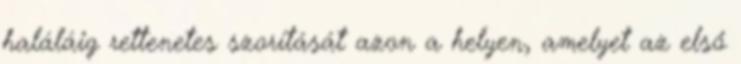
haláláig rettenetes szorítását azon a helyen, amelyet az első